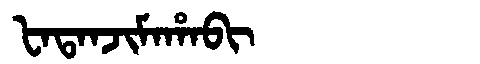
Manchu: ᡶᠠᡨᠠᠨᠵᡳᠮᠠᡥᠠᠪᡳ
Romanization: FATANJIMAHABI